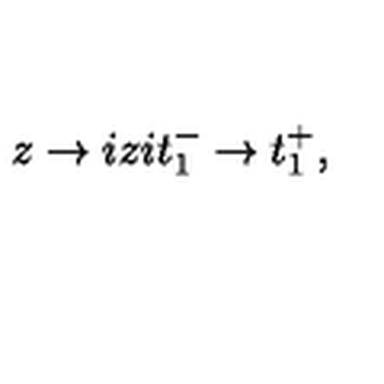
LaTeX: z \rightarrow i z i t _ { 1 } ^ { - } \rightarrow t _ { 1 } ^ { + } ,